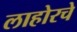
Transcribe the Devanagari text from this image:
लाहोरचे